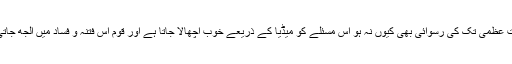
عوام کو بے وقوف بنانے کے لیے وہ کوئی مسئلہ کھڑا کرتے ہیں خواہ اس میں عدالت عظمیٰ تک کی رسوائی بھی کیوں نہ ہو اس مسئلے کو میڈیا کے ذریعے خوب اچھالا جاتا ہے اور قوم اس فتنہ و فساد میں الجھ جاتی ہے اس طرح عوام اپنے اصل مسائل کو بھول کر ایسے مسئلوں میں الجھ جاتے ہیں۔